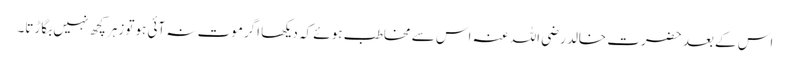
اس کے بعد حضرت خالد رضی اللہ عنہ اس سے مخاطب ہوئے کہ دیکھا اگرموت نہ آئی ہوتو زہرکچھ نہیں بگاڑتا۔